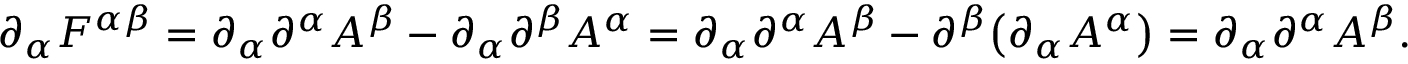
\partial _ { \alpha } F ^ { \alpha \beta } = \partial _ { \alpha } \partial ^ { \alpha } A ^ { \beta } - \partial _ { \alpha } \partial ^ { \beta } A ^ { \alpha } = \partial _ { \alpha } \partial ^ { \alpha } A ^ { \beta } - \partial ^ { \beta } \big ( \partial _ { \alpha } A ^ { \alpha } \big ) = \partial _ { \alpha } \partial ^ { \alpha } A ^ { \beta } .